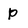
Character: p